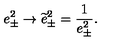
e _ { \pm } ^ { 2 } \rightarrow \widetilde { e } _ { \pm } ^ { 2 } = \frac { 1 } { e _ { \pm } ^ { 2 } } .